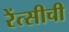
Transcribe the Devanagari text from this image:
रेंत्सीची